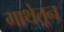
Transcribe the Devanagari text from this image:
गाथेतून